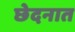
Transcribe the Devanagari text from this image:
छेदनात